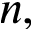
n ,